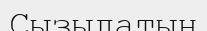
Сызылатын